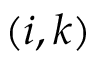
( i , k )